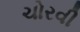
ચોરવી